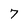
Character: 7